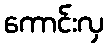
ကောင်းလှ